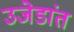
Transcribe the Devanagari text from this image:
उजेडांत